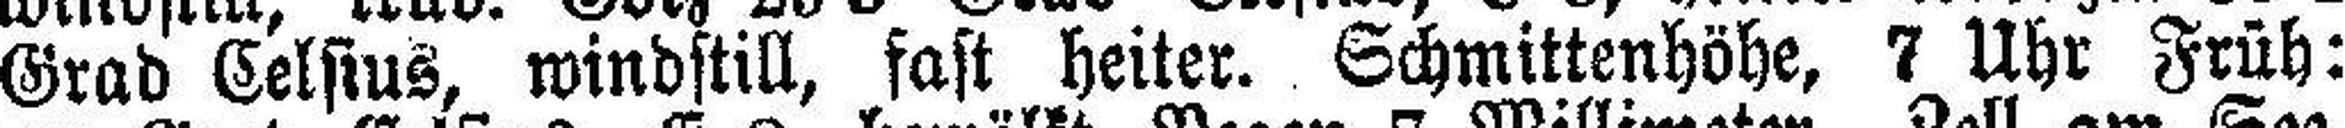
Grad Celsius, windstill, fast heiter. Schmittenhöhe, 7 Uhr Früh: